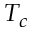
T _ { c }